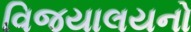
વિજયાલયનો